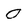
Character: 0